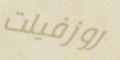
روزفيلت